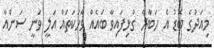
މިއަދުގެ ބޮޑު އެ ހަބާރާ ގުޅިފައިވާ ބައެއް ވާހަކަތައް އަލީ ވަނީ ސަންއާ